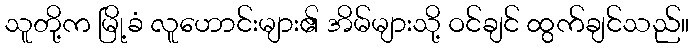
သူတို့က မြို့ခံ လူဟောင်းများ၏ အိမ်များသို့ ဝင်ချင် ထွက်ချင်သည်။